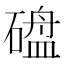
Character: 𪿱